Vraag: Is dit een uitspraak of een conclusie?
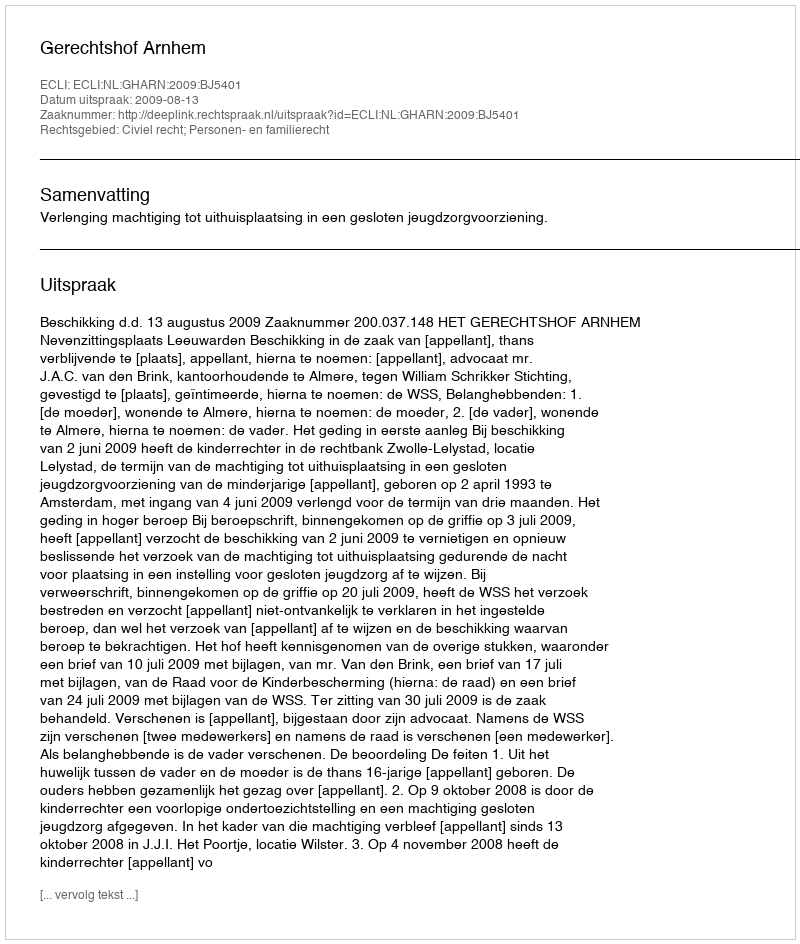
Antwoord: Uitspraak